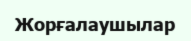
Жорғалаушылар